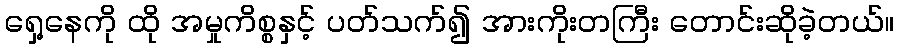
ရှေ့နေကို ထို အမှုကိစ္စနှင့် ပတ်သက်၍ အားကိုးတကြီး တောင်းဆိုခဲ့တယ်။